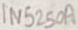
Text: 1N5250A